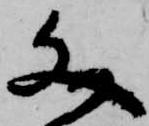
文